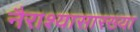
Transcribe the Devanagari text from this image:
नैराश्यासारख्या